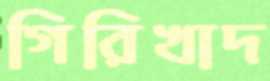
গিরিখাদ